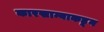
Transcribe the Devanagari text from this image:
कारखान्याकडून